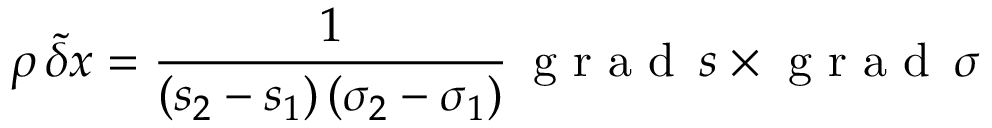
\rho \, \tilde { \delta } \boldsymbol { x } = \frac { 1 } { ( s _ { 2 } - s _ { 1 } ) \, ( \sigma _ { 2 } - \sigma _ { 1 } ) } \, \mathrm { ~ g ~ r ~ a ~ d ~ } \, s \times \mathrm { ~ g ~ r ~ a ~ d ~ } \, \sigma